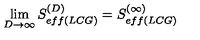
\lim _ { D \rightarrow \infty } S _ { e f f ( L C G ) } ^ { ( D ) } = S _ { e f f ( L C G ) } ^ { ( \infty ) }